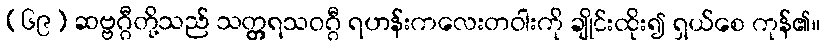
(၆၉) ဆဗ္ဗဂ္ဂီတို့သည် သတ္တ္ကရသဝဂ္ဂီ ရဟန်းကလေးတဝါးကို ချိုင်းထိုး၍ ရှယ်စေ ကုန်၏။